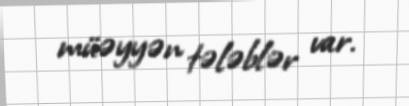
müəyyən tələblər var.